Madras plague regulations and rules for district municipalities and other towns and villages
Disease focus: Plague
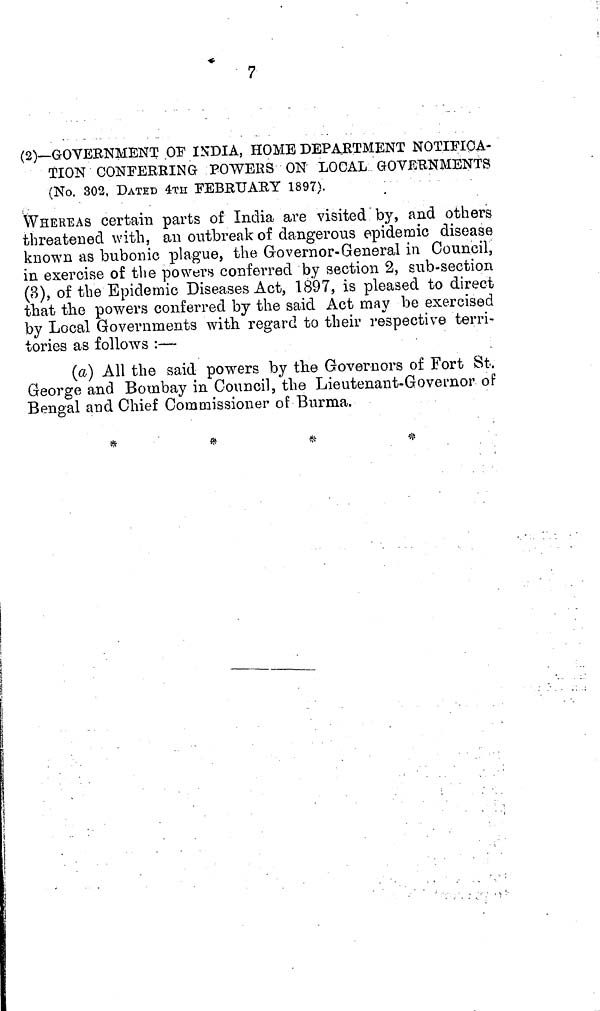
7
(2)—GOVERNMENT OF INDIA, HOME DEPARTMENT NOTIFICA-
TION CONFERRING POWERS ON LOCAL GOVERNMENTS
(No. 302, DATED 4TH FEBRUARY 1897).
WHEREAS certain parts of India are visited by, and others
threatened with, an outbreak of dangerous epidemic disease
known as bubonic plague, the Governor-General in Council,
in exercise of the powers conferred by section 2, sub-section
(3), of the Epidemic Diseases Act, 1897, is pleased to direct
that the powers conferred by the said Act may be exercised
by Local Governments with regard to their respective terri-
tories as follows :—
(a) All the said powers by the Governors of Fort St.
George and Bombay in Council, the Lieutenant-Governor of
Bengal and Chief Commissioner of Burma.
*
*
*-
*